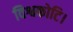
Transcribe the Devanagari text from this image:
विश्वकोटि।